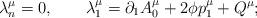
LaTeX: \begin{align*}\lambda^\mu_n=0, \qquad\lambda^\mu_1=\partial_1 A^\mu_0+2\phi p^\mu_1+Q^\mu;\end{align*}